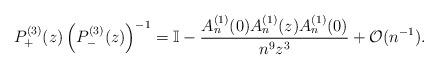
LaTeX: \begin{align*} P^{(3)}_+(z) \left( P^{(3)}_-(z) \right)^{-1} = \mathbb{I} - \frac{A_n^{(1)}(0)A_n^{(1)}(z) A_n^{(1)}(0)}{n^9z^3} + \mathcal{O}(n^{-1}). \end{align*}